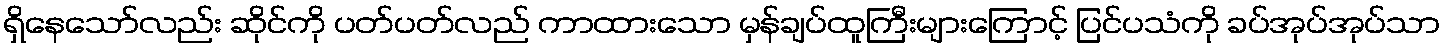
ရှိနေသော်လည်း ဆိုင်ကို ပတ်ပတ်လည် ကာထားသော မှန်ချပ်ထူကြီးများကြောင့် ပြင်ပသံကို ခပ်အုပ်အုပ်သာ